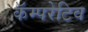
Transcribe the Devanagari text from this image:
कॅम्परेटिव